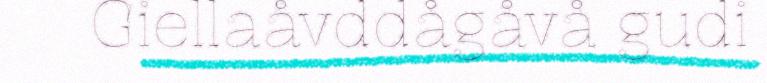
Giellaåvddågåvå gudi